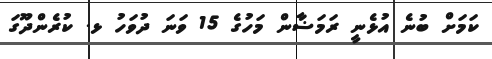
ކަމަށް ބުނެ އުޅެނީ ރަމަޟާން މަހުގެ 15 ވަނަ ދުވަހު ޅ. ކުރެންދޫގަ